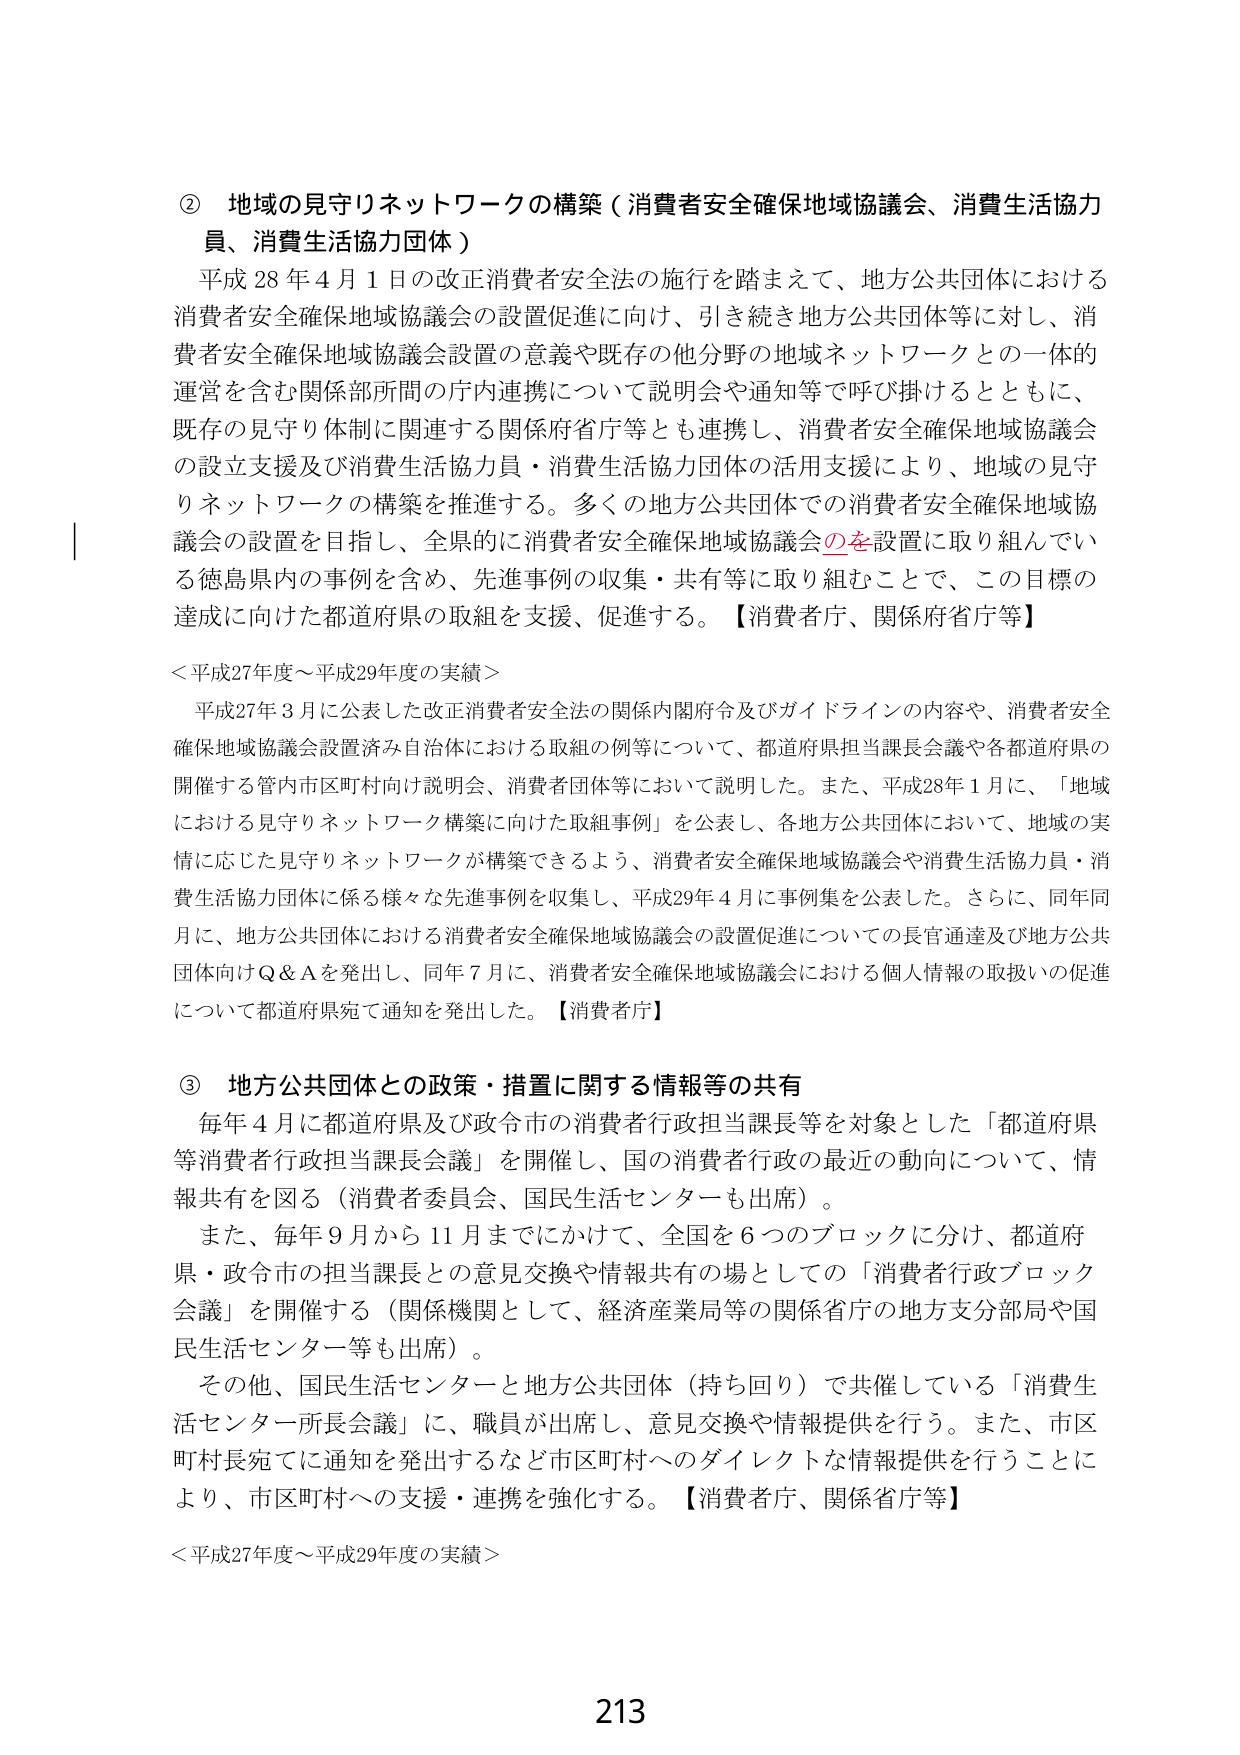
② 地域の見守りネットワークの構築（消費者安全確保地域協議会、消費生活協力員、消費生活協力団体）

平成28年4月1日の改正消費者安全法の施行を踏まえて、地方公共団体における消費者安全確保地域協議会の設置促進に向け、引き続き地方公共団体等に対し、消費者安全確保地域協議会設置の意義や既存の他分野の地域ネットワークとの一体的運営を含む関係部所間の庁内連携について説明会や通知等で呼び掛けるとともに、既存の見守り体制に関連する関係府省庁等とも連携し、消費者安全確保地域協議会の設立支援及び消費生活協力員・消費生活協力団体の活用支援により、地域の見守りネットワークの構築を推進する。多くの地方公共団体での消費者安全確保地域協議会の設置を目指し、全県的に消費者安全確保地域協議会のを設置に取り組んでいる徳島県内の事例を含め、先進事例の収集・共有等に取り組むことで、この目標の達成に向けた都道府県の取組を支援、促進する。【消費者庁、関係府省庁等】

＜平成27年度～平成29年度の実績＞

平成27年3月に公表した改正消費者安全法の関係内閣府令及びガイドラインの内容や、消費者安全確保地域協議会設置済み自治体における取組の例等について、都道府県担当課長会議や各都道府県の開催する管内市区町村向け説明会、消費者団体等において説明した。また、平成28年1月に、「地域における見守りネットワーク構築に向けた取組事例」を公表し、各地方公共団体において、地域の実情に応じた見守りネットワークが構築できるよう、消費者安全確保地域協議会や消費生活協力員・消費生活協力団体に係る様々な先進事例を収集し、平成29年4月に事例集を公表した。さらに、同年同月に、地方公共団体における消費者安全確保地域協議会の設置促進についての長官通達及び地方公共団体向けQ＆Aを発出し、同年7月に、消費者安全確保地域協議会における個人情報の取扱いの促進について都道府県宛て通知を発出した。【消費者庁】

③ 地方公共団体との政策・措置に関する情報等の共有

毎年4月に都道府県及び政令市の消費者行政担当課長等を対象とした「都道府県等消費者行政担当課長会議」を開催し、国の消費者行政の最近の動向について、情報共有を図る（消費者委員会、国民生活センターも出席）。

また、毎年9月から11月までにかけて、全国を6つのブロックに分け、都道府県・政令市の担当課長との意見交換や情報共有の場としての「消費者行政ブロック会議」を開催する（関係機関として、経済産業局等の関係省庁の地方支分部局や国民生活センター等も出席）。

その他、国民生活センターと地方公共団体（持ち回り）で共催している「消費生活センター所長会議」に、職員が出席し、意見交換や情報提供を行う。また、市区町村長宛てに通知を発出するなど市区町村へのダイレクトな情報提供を行うことにより、市区町村への支援・連携を強化する。【消費者庁、関係省庁等】

＜平成27年度～平成29年度の実績＞

213